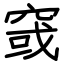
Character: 窢